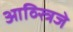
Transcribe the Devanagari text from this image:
आव्स्त्रिजे